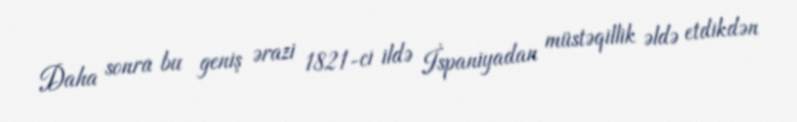
Daha sonra bu geniş ərazi 1821-ci ildə İspaniyadan müstəqillik əldə etdikdən